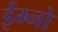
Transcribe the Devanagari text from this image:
ईम्नो